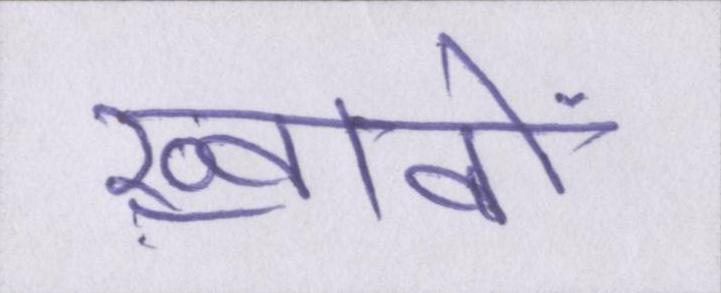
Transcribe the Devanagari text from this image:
ख़्वाबों